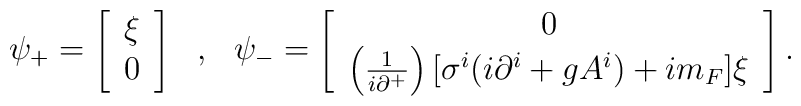
\psi_+ = \left[ \begin{array}{l} \xi \\ 0 \end{array} \right]~~,~~	\psi_- = \left[ \begin{array}{c} 0 \\ \left(\frac{1}{i\partial^+}		\right)[\sigma^i(i \partial^i + gA^i) + im_F] \xi			\end{array} \right] .